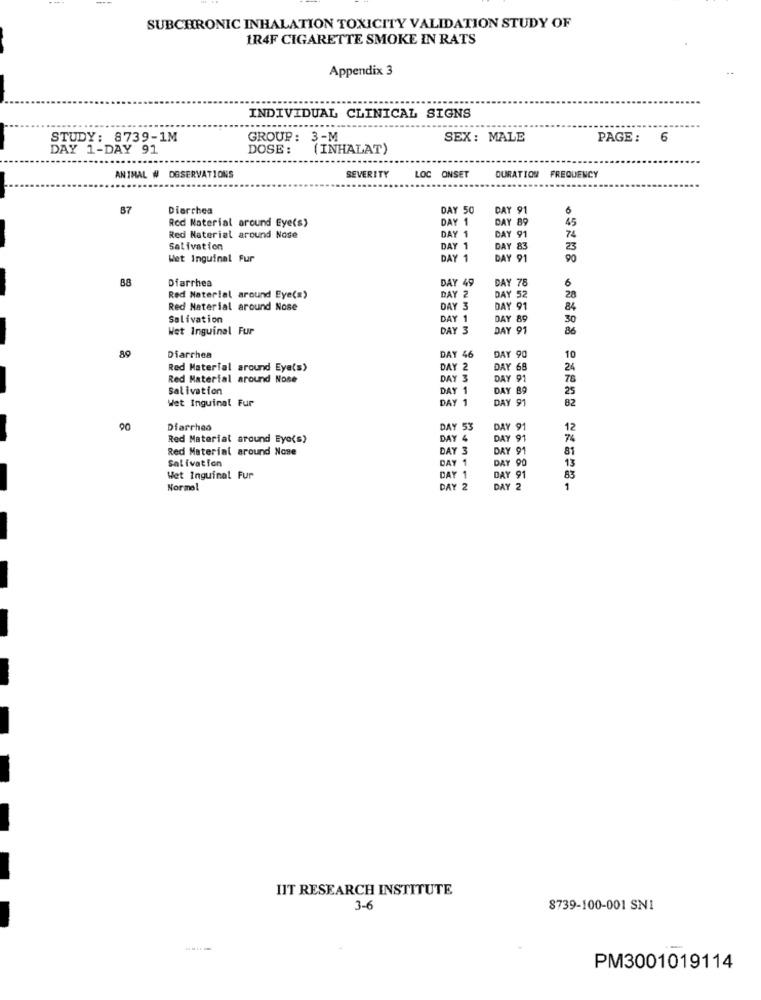
SUBCHRONIC INHALATION TOXICITY VALIDATION STUDY OF
1R4F CIGARETTE SMOKE IN RATS
Appendix 3
INDIVIDUAL CLINICAL SIGNS
STUDY: 8739-1M
GROUP: 3-M
SEX: MALE
PAGE: 6
DAY 1-DAY 91
DOSE :
(INHALAT)
ANIMAL # DESERVATIONS
SEVERITY
LOC ONSET
DURATION FREQUENCY
B7
Diarrhea
DAY 50
DAY 91
6
DAY 1
DAY 89
45
Red Material around Eye(s)
Red Material around Nose
DAY 1
DAY 91
Salivation
DAY 1
DAY 83
23
Wet Inguinal Fur
DAY 1
DAY 91
90
88
Diarrhea
DAY 49
DAY 78
6
Red Material around Eye(s)
DAY 52
28
Red Material around Nose
DAY 3
DAY 91
84
Salivation
DAY 1
DAY 89
30
Wet Inguinal Fur
DAY 3
DAY 91
86
89
Diarrhea
DAY 46
DAY 90
10
Red Material around Eyals>
DAY 2
DAY 68
24
Red Material around Nose
LY 91
78
Salivation
DAY 1
DAY 89
25
Wet Inguinal Fur
DAY 1
DAY 91
82
90
Diarrhea
DAY 53
DAY 91
12
Red Material around Eye(s)
DAY 4
DAY 91
74
Red Material around Nose
DAY 3
DAY 91
81
Salivation
DAY 1
13
DAY 90
Wet Inguinal Fur
DAY 1
DAY 91
83
Normal
DAY 2
DAY 2
1
IIT RESEARCH INSTITUTE
3-6
8739-100-001 SNI
PM3001019114